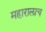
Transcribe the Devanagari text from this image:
महारालाच